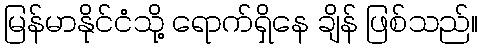
မြန်မာနိုင်ငံသို့ ရောက်ရှိနေ ချိန် ဖြစ်သည်။